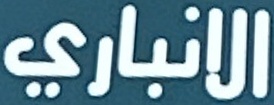
الانباري